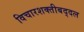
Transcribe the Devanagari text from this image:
विचारशक्तीबद्दल